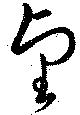
望